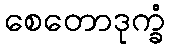
စေတောဒုက္ခံ